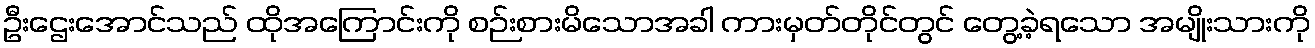
ဦးဌေးအောင်သည် ထိုအကြောင်းကို စဉ်းစားမိသောအခါ ကားမှတ်တိုင်တွင် တွေ့ခဲ့ရသော အမျိုးသားကို